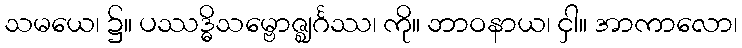
သမယေ၊ ၌။ ပဿဒ္ဓိသမ္ဗောဇ္ဈင်္ဂဿ၊ ကို။ ဘာဝနာယ၊ ငှါ။ အာကာလော၊